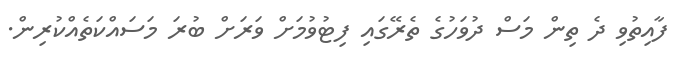
ފާއިތުވި ދެ ތިން މަސް ދުވަހުގެ ތެރޭގައި ފިޓުވުމަށް ވަރަށް ބުރަ މަސައްކަތެއްކުރިން.